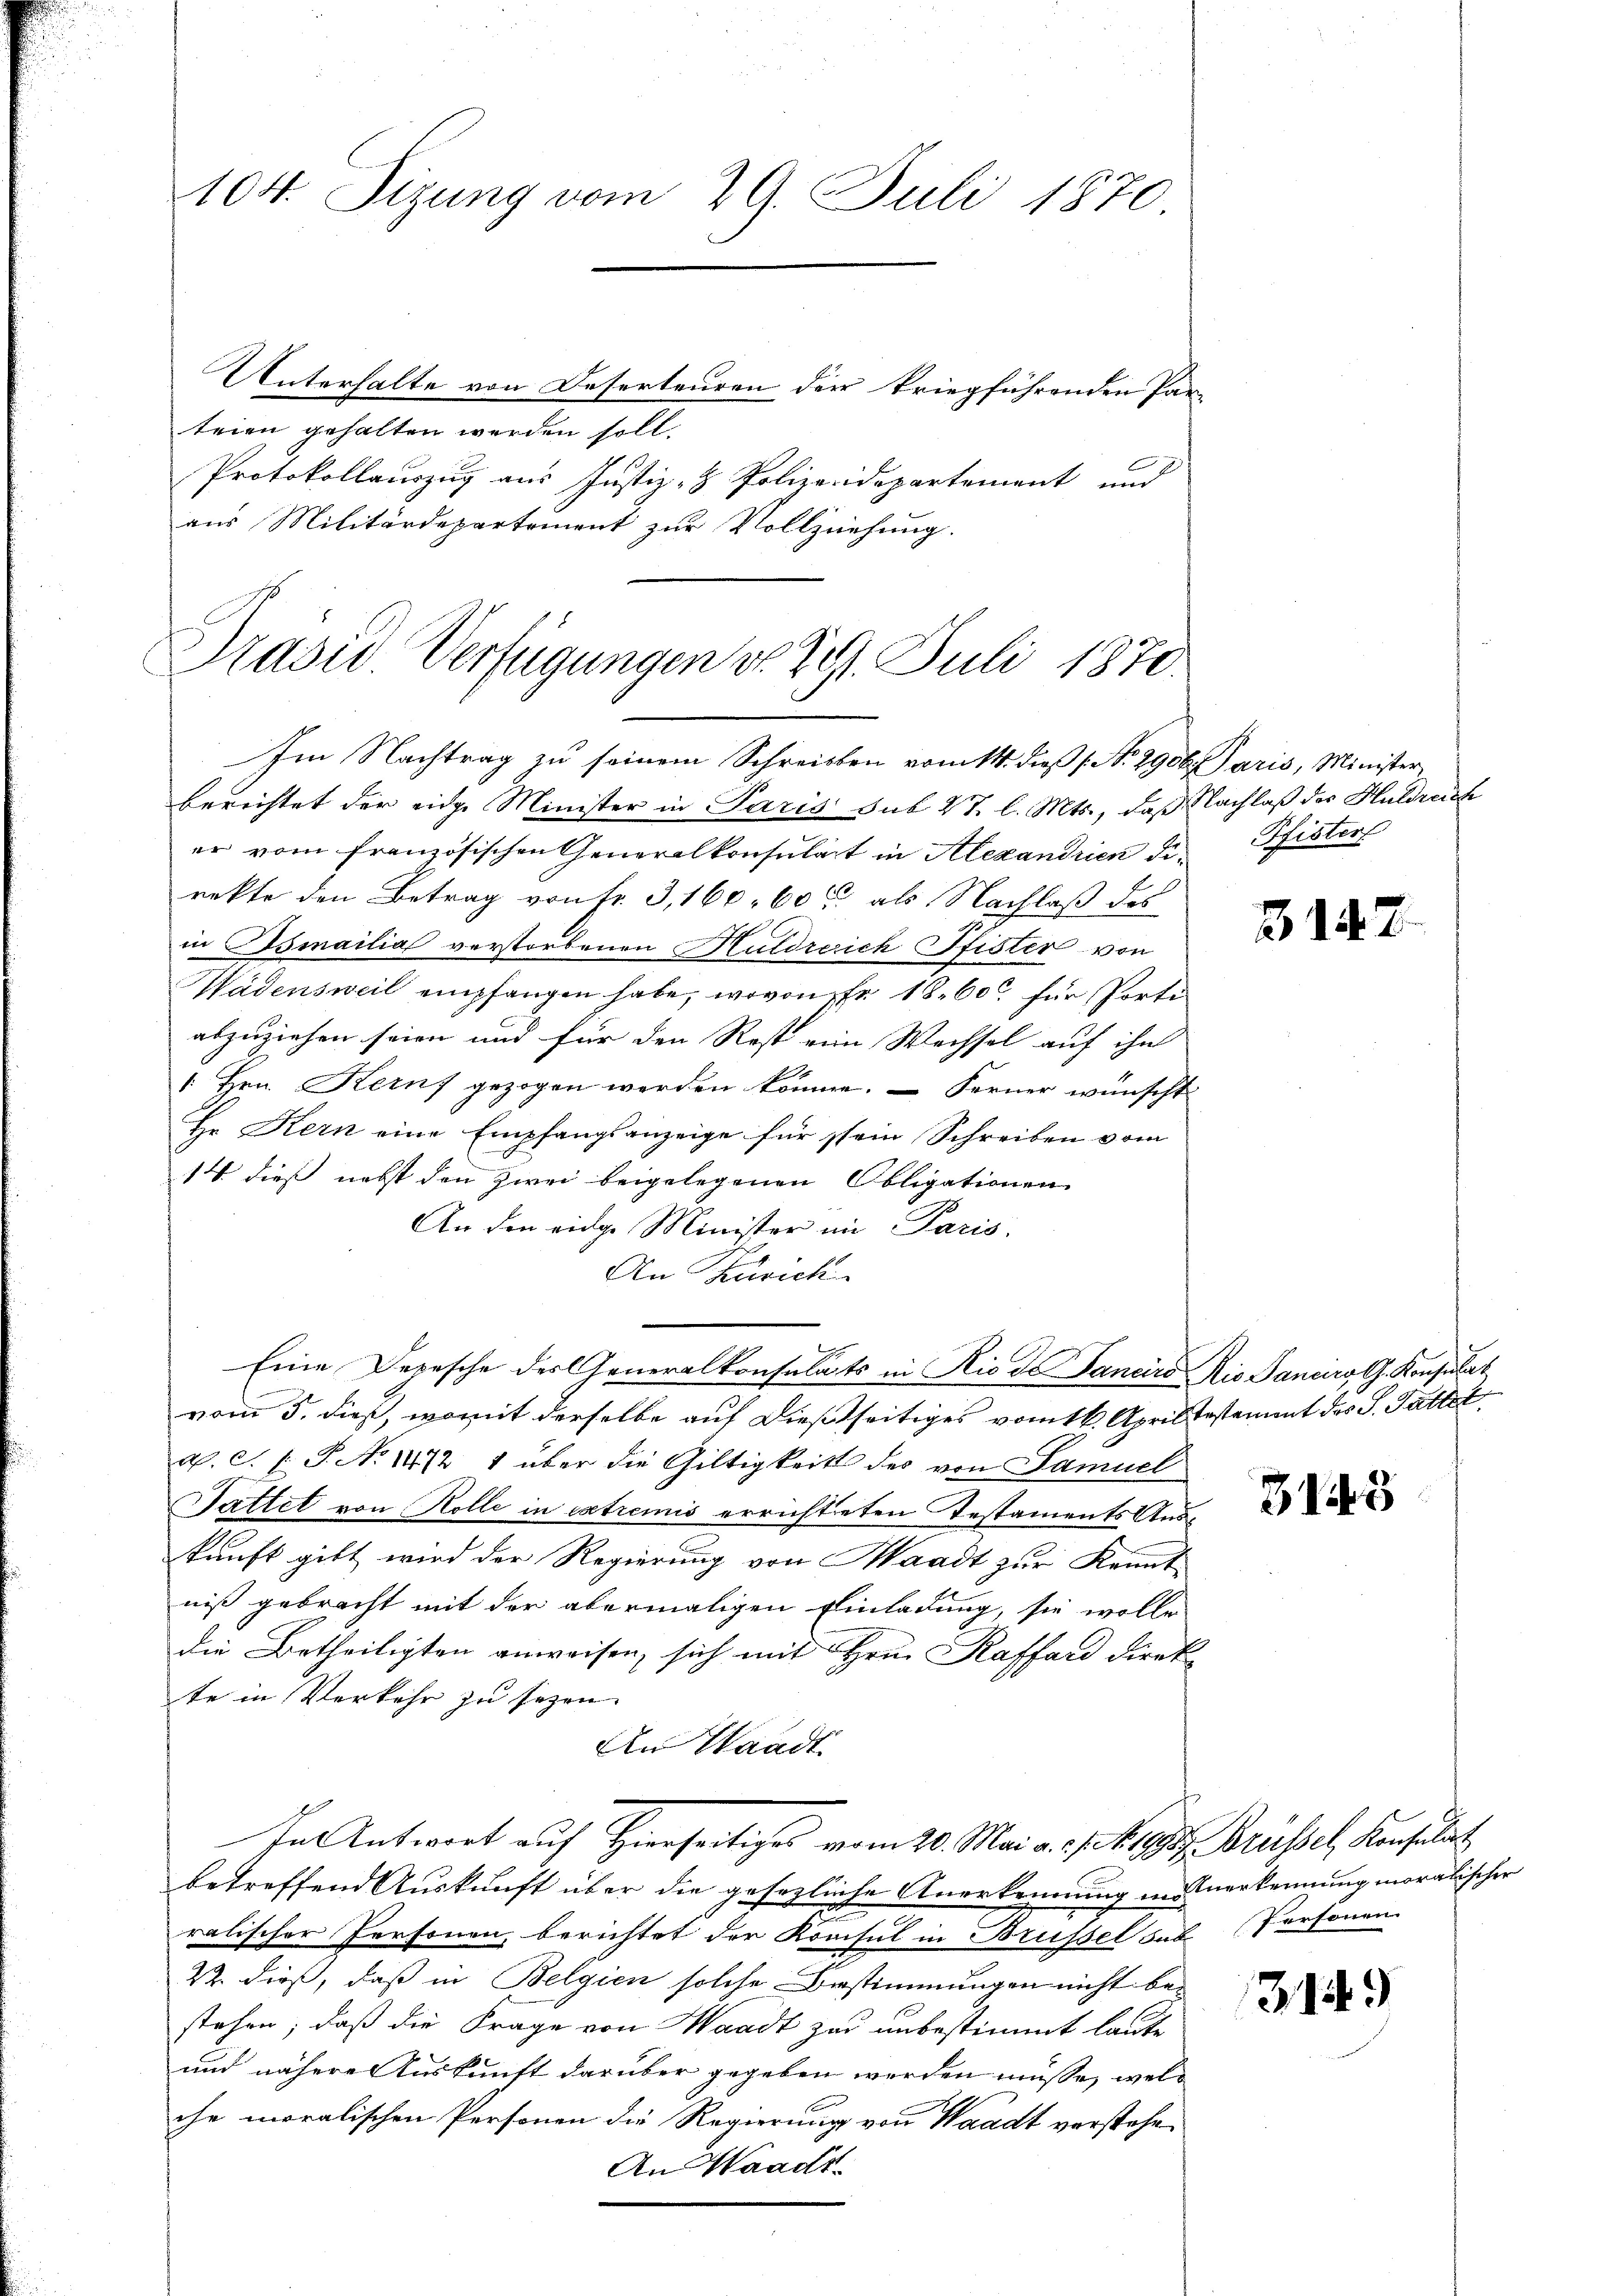
104. Sizung vom 29. Juli 1870.

Unterhalte von Deserteuren der kriegführenden Par-
teien gehalten werden soll.
Protokollauszug aus Justiz- Polizeidepartement und
aus Militärdepartement zur Vollziehung.

Präsid. Verfügungen v. 291. Juli 1870.
Im Nachtrag zu seinem Schreiben vom 14. daß (No. 2906. Paris, Minister

berichtet der eidg. Minister in Paris sub 27. l. Mts., daß Nachlaß der Huldreich
er vom französischen Generalkonsulat in Alexandrien Fr. Pfisters
rekte den Betrag von Fr. 3, 160. 60 als Nachlaß des
in Ismailia verstorbenen Huldreich Pfister von
Wädensweil empfangen habe, wovon Fr. 18. 600 für Porti
abzuziehen seien und für den Rost eine Wechsel auf ihn
1. Hrn. Kernf gezogen werden könne. – Ferner wünscht
Hr. Kern eine Empfangsanzeige für sein Schreiben vom
14 dieß nebst den zwei beigelegenen Obligationen
An den eidge Minister in Paris.
An Zürich
Eine Depesche des Generalkonsulats in Rio de Panciro Rio Sancirol. Konsulat
vom 5. dieß, womit derselbe auf dießseitiges vom 16. April testammt der S. Gallet
a. C. P. No 1472 4 über die Giltigkeits des von Samuel
Tattet von Kolle in extremis errichteten Testaments Auskunft gibt wird der Regierung von Waadt zur Kennt
niß gebracht mit der abermaligen Einladung, sie wolle
die Betheiligten anweisen, sich mit Hrn. Kaffend direk-
te in Verkehr zu sezen.
An Waadt.
In Antwort auf Hierseitiges vom 20. Mai a. f. 1. 1993. Brüssel, Konsulat
betreffend Auskunft über die gesezliche Anerkennung in Anerkennung moralischer
ralischer Personen, berichtet der Konsul in Brüssel das Personen
2. dieß, daß in Belgien solche Bestimmungen nicht bei
stehen; daß die Frage von Waadt zur unbestimmt laute
und nähere Auskunft darüber gegeben werden müsse, welc
che moralischen Personen die Regierung von Waadt verstehe¬
An Waadt

3147

2143

3149